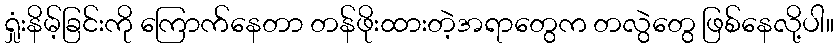
ရှုံးနိမ့်ခြင်းကို ကြောက်နေတာ တန်ဖိုးထားတဲ့အရာတွေက တလွဲတွေ ဖြစ်နေလို့ပါ။